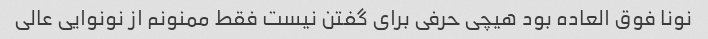
نونا فوق العاده بود هیچی حرفی برای گفتن نیست فقط ممنونم از نونوایی عالی